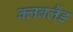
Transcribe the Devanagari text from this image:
क्लबलैंड